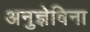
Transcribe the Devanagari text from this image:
अनुज्ञेविना